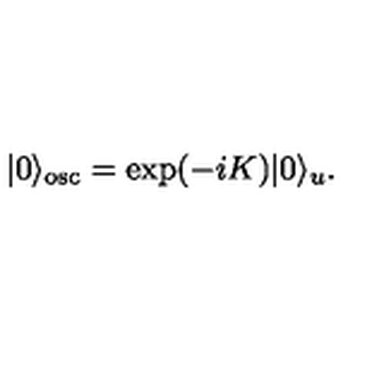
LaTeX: | 0 \rangle _ { \mathrm { o s c } } = \exp ( - i K ) | 0 \rangle _ { u } .